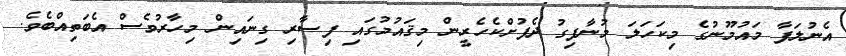
އެނުލަފާ މައުމޫނުގެ މިކަހަލަ މުނާފިގު ދެފުށްކެހެރީން މިޤައުމުގައި ފިސާރި ގިނައިން މިހާރުވެސް އެބަތިއްބެވެ.